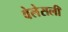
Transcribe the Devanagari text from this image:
वेलेसली